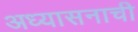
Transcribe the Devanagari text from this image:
अध्यासनाची